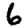
Digit: 6